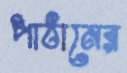
পাঠানের